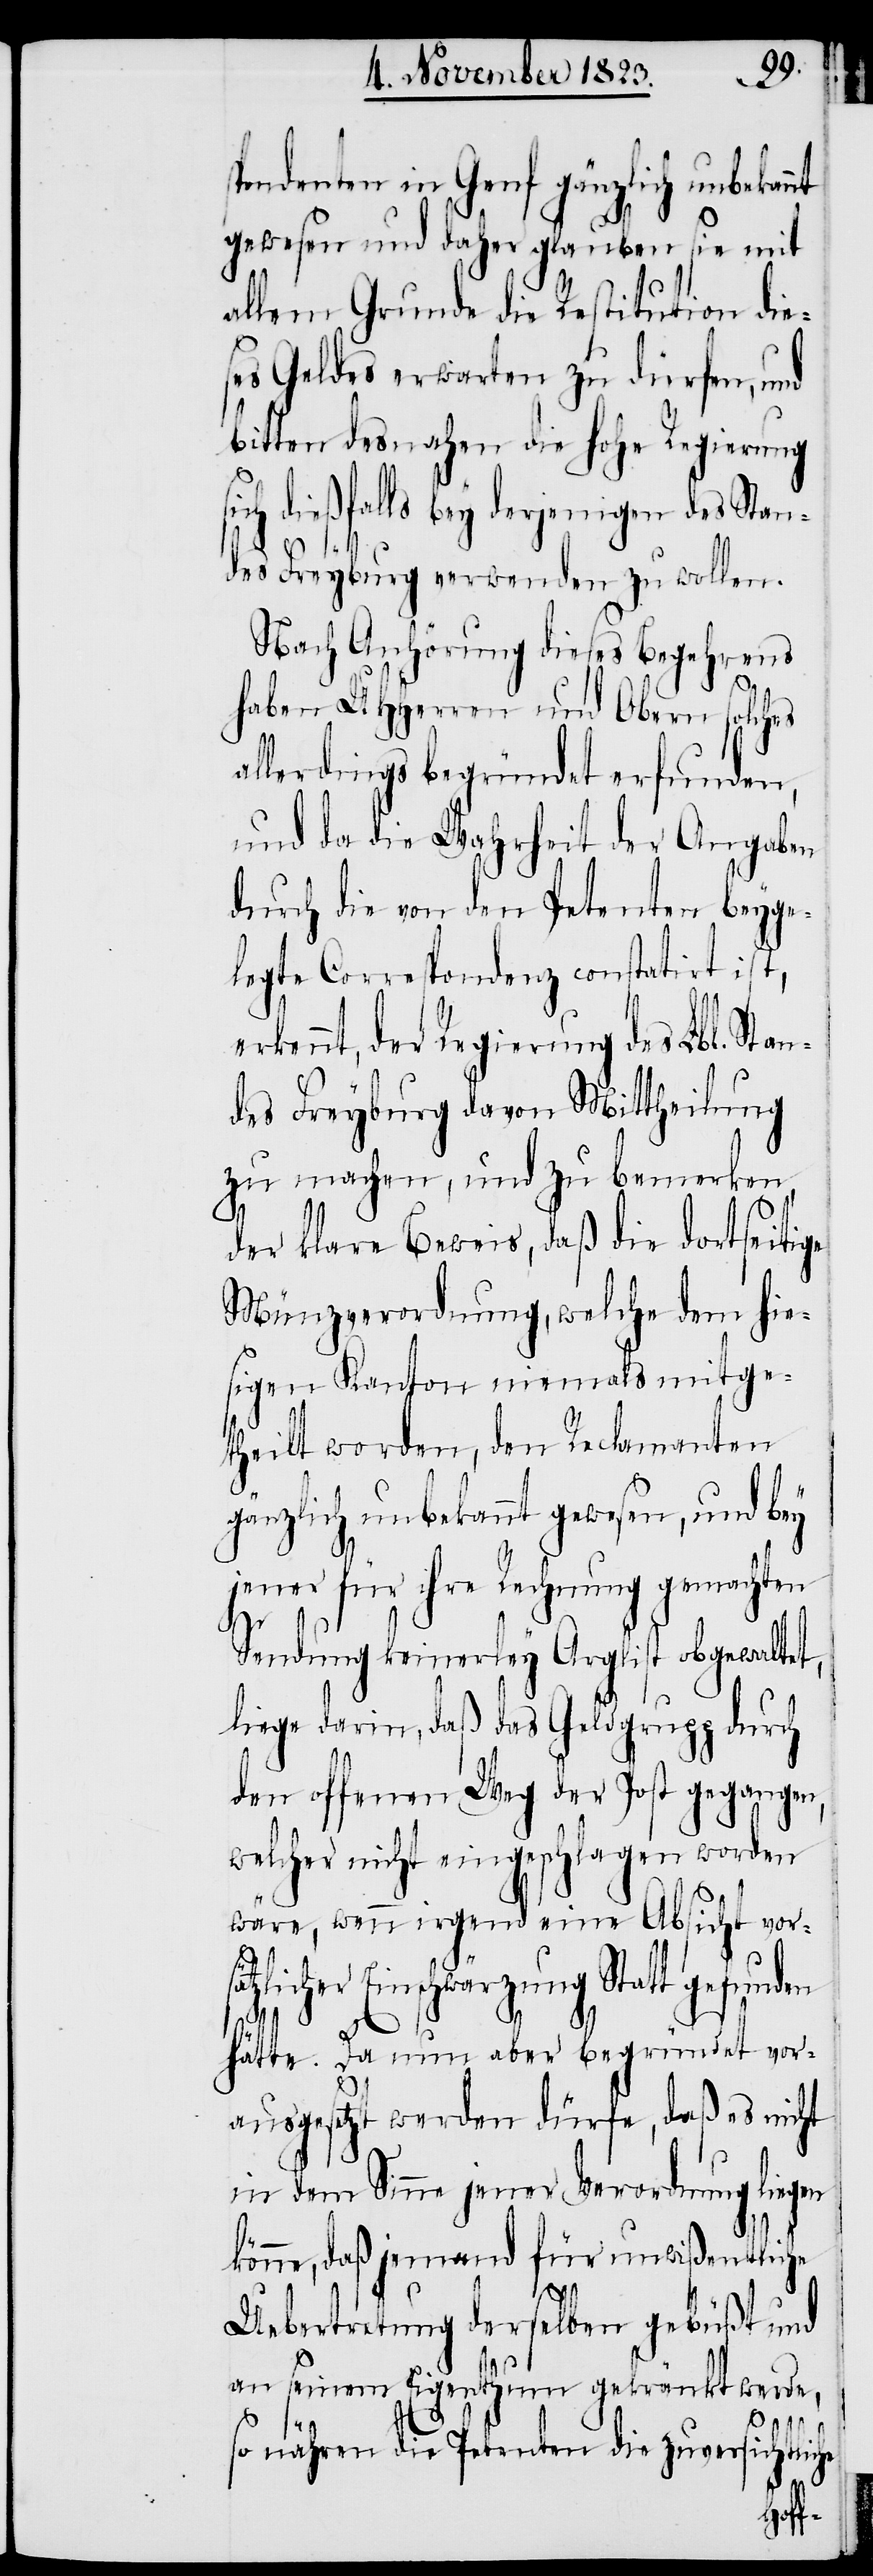
spondenten in Genf gänzlich unbekannt
gewesen und daher glauben sie mit
allem Grund die Restitution die¬
ses Geldes erwarten zu dürfen, und
bitten desnahen die hohe Regierung
ch dießfalls bey derjenigen des Stan¬
des Freyburg verwenden zu wollen.
Nach Anhörung dieses Begehrens
haben UHHerren und Obern solches
allerdings begründet erfunden,
und da die Wahrheit der Angaben
durch die von den Petenten beyge¬
legte Correspondenz constatirt ist,
ennt, der Regierung des Lbl. Stan¬
des Freyburg davon Mittheilung
zu machen, und zu bemerken,
en
er klare Beweis, daß die dortseitige
Münzverordnung, welche dem hie¬
sigen Kanton niemals mitge¬
theilt worden, den Reclamanten
gänzlich unbekannt gewesen, und bey
jener für ihre Rechnung gemachten
Sendung keinerley Arglist obgewaltet,
liege darin, daß das Geldgrupp durch
den offenen Weg der Post gegangen,
welcher nicht eingeschlagen worden
wäre, wenn irgend eine Absicht vors¬
Einschwärzung Statt gefund¬
hätte. Da nun aber begründet vor¬
ausgesetzt werden dürfe, daß es nicht
in dem Sinne jener Verordnung liegen
könne, daß jemand für unwißentliche
Uebertretung derselben gebüßt und
an seinem Eigenthum gekränkt werde,
so nähren die Petenten die zuversichtli¬
che